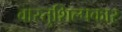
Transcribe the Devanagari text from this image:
वास्तुशिल्पकार